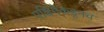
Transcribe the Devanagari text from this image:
पश्चिमेकडूनच